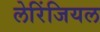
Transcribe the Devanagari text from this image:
लेरिंजियल